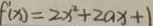
f ^ { \prime } ( x ) = 2 x ^ { 2 } + 2 a x + 1